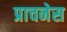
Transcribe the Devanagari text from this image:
प्राचनेस